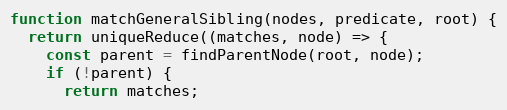
Language: JavaScript
function matchGeneralSibling(nodes, predicate, root) {
  return uniqueReduce((matches, node) => {
    const parent = findParentNode(root, node);
    if (!parent) {
      return matches;